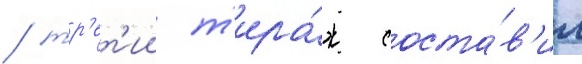
/ тр'ет'ии т'ира́ж соста́в'ил